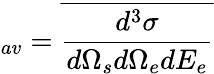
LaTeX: _{av}=\overline{{\frac{d^{3}\sigma}{d\Omega_{s}d\Omega_{e}dE_{e}}}}